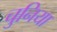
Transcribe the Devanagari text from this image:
चुनिया